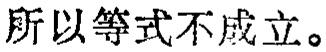
所以等式不成立。